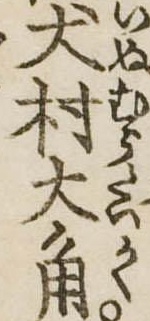
犬村大角